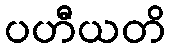
ပဟီယတိ